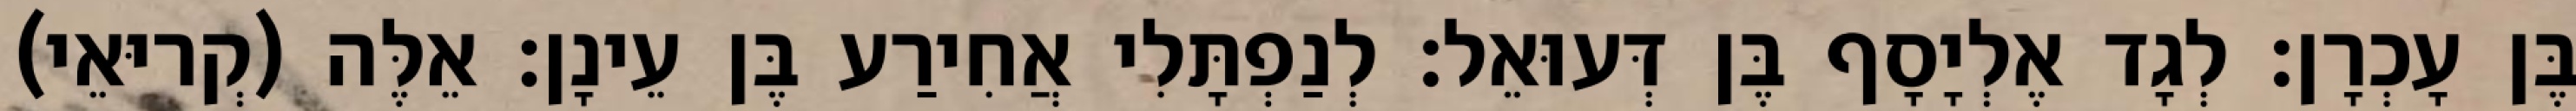
בֶּן עָכְרָן׃ לְגָד אֶלְיָסָף בֶּן דְּעוּאֵל׃ לְנַפְתָּלִי אֲחִירַע בֶּן עֵינָן׃ אֵלֶּה (קְריּאֵי)